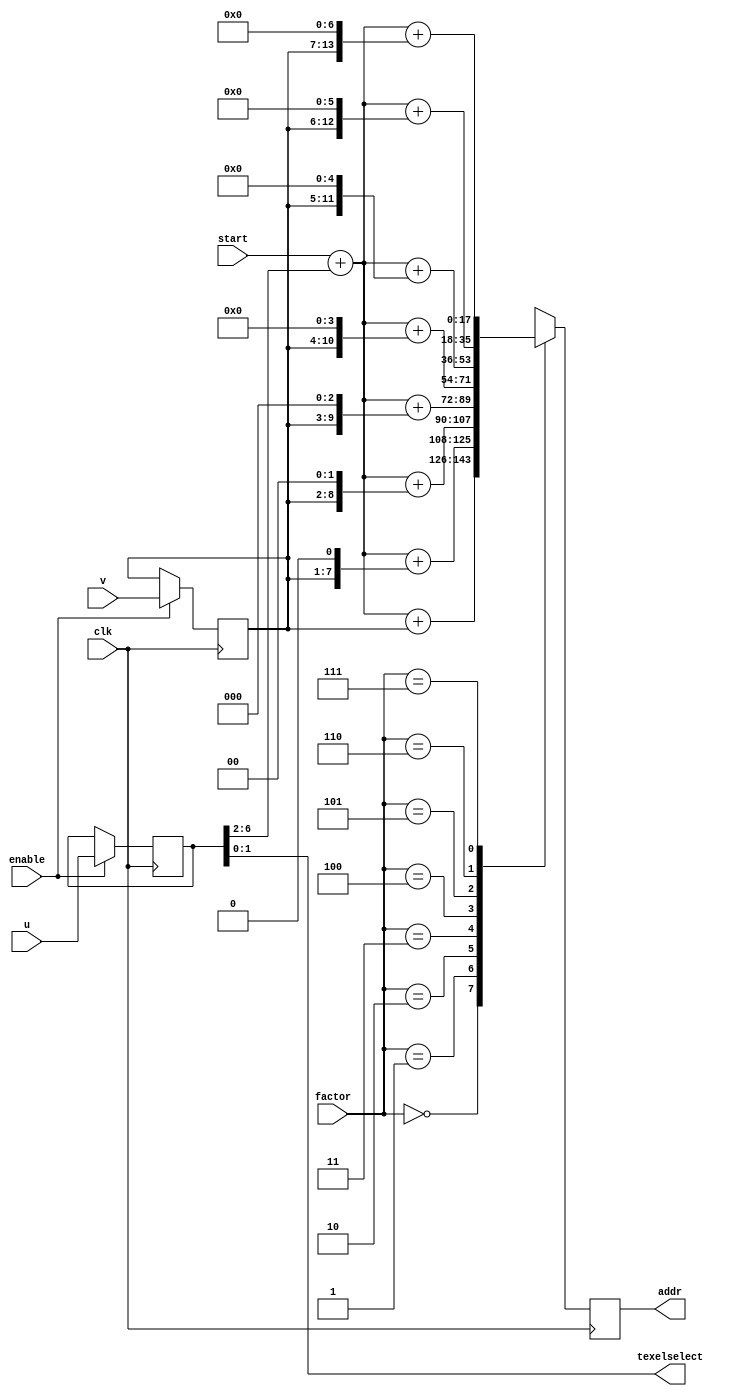
`define SIMULATION_MEMORY

 module linearmap (u, v, start, addr, texelselect, factor, enable, clk);

    input[6:0] u; 
    input[6:0] v; 
    input[17:0] start; 
    output[17:0] addr; 
    reg[17:0] addr;
    output[1:0] texelselect; 
    wire[1:0] texelselect;

    input[2:0] factor; 
    input enable; 
    input clk; 

    reg[6:0] ul; 
    reg[6:0] vl; 

    assign texelselect = ul[1:0] ;

    always @(posedge clk)
    begin
       if (enable == 1'b1)
       begin
          ul <= u ; 
          vl <= v ; 
       end 
       else
       begin
          ul <= ul ; 
          vl <= vl ; 
       end 
       case (factor)
          3'b000 :
                   begin
                      addr <= start + ({13'b0000000000000, ul[6:2]}) + ({11'b00000000000, vl}) ; 
                   end
          3'b001 :
                   begin
                      addr <= start + ({13'b0000000000000, ul[6:2]}) + ({10'b0000000000, vl, 1'b0}) ; 

                   end
          3'b010 :
                   begin
                      addr <= start + ({13'b0000000000000, ul[6:2]}) + ({9'b000000000, vl, 2'b00}) ; 
                   end
          3'b011 :
                   begin
                      addr <= start + ({13'b0000000000000, ul[6:2]}) + ({8'b00000000, vl, 3'b000}) ; 
                   end
          3'b100 :
                   begin
                      addr <= start + ({13'b0000000000000, ul[6:2]}) + ({7'b0000000, vl, 4'b0000}) ; 

                   end
          3'b101 :
                   begin
                      addr <= start + ({13'b0000000000000, ul[6:2]}) + ({6'b000000, vl, 5'b00000}) ; 
                   end
          3'b110 :
                   begin
                      addr <= start + ({13'b0000000000000, ul[6:2]}) + ({5'b00000, vl, 6'b000000}) ; 
                   end
          3'b111 :
                   begin
                      addr <= start + ({13'b0000000000000, ul[6:2]}) + ({4'b0000, vl, 7'b0000000}) ; 

                   end
       endcase  
    end 
 endmodule